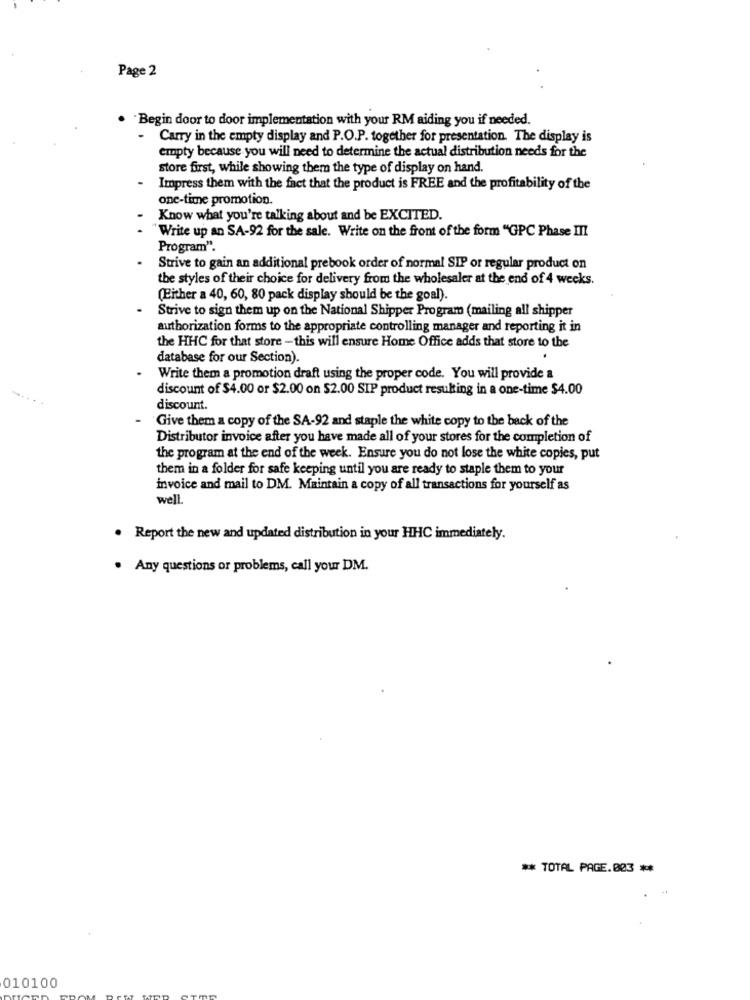
Page 2
Begin door to door implementation with your RM aiding you if needed.
Carry in the empty display and P.O.P. together for presentation. The display is
empty because you will need to determine the actual distribution needs for the
store first, while showing them the type of display on hand.
Impress them with the fact that the product is FREE and the profitability of the
one-time promotion.
Know what you're talking about and be EXCITED.
"Write up an SA-92 for the sale. Write on the front of the form "GPC Phase III
Program".
Strive to gain an additional prebook order of normal SIP or regular product on
the styles of their choice for delivery from the wholesaler at the end of 4 weeks.
(Either a 40, 60, 80 pack display should be the goal).
Strive to sign them up on the National Shipper Program (mailing all shipper
authorization forms to the appropriate controlling manager and reporting it in
the HHC for that store - this will ensure Home Office adds that store to the
database for our Section).
.
Write them a promotion draft using the proper code. You will provide a
discount of $4.00 or $2.00 on $2.00 SIP product resulting in a one-time $4.00
discount.
Give them a copy of the SA-92 and staple the white copy to the back of the
Distributor invoice after you have made all of your stores for the completion of
the program at the end of the week. Ensure you do not lose the white copies, put
them in a folder for safe keeping until you are ready to staple them to your
invoice and mail to DM. Maintain a copy of all transactions for yourself as
well
. Report the new and updated distribution in your HHC immediately.
. Any questions or problems, call your DM.
** TOTAL PAGE.003 **
010100